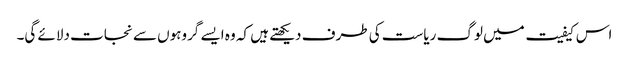
اس کیفیت میں لوگ ریاست کی طرف دیکھتے ہیں کہ وہ ایسے گروہوں سے نجات دلائے گی۔